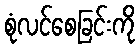
စုံလင်စေခြင်းကို